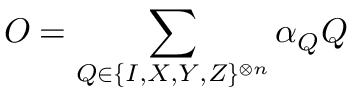
O = \sum _ { Q \in \{ I , X , Y , Z \} ^ { \otimes n } } \alpha _ { Q } Q